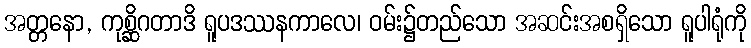
အတ္တနော, ကုစ္ဆိဂတာဒိ ရူပဒဿနကာလေ၊ ဝမ်း၌တည်သော အဆင်းအစရှိသော ရူပါရုံကို